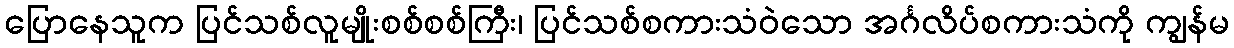
ပြောနေသူက ပြင်သစ်လူမျိုးစစ်စစ်ကြီး၊ ပြင်သစ်စကားသံဝဲသော အင်္ဂလိပ်စကားသံကို ကျွန်မ